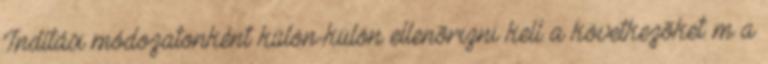
Indítási módozatonként külön-külön ellenõrizni kell a következõket: m a